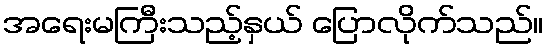
အရေးမကြီးသည့်နှယ် ပြောလိုက်သည်။